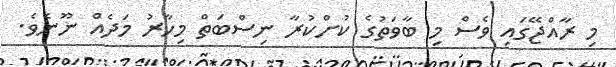
މި ރާއްޖޭގައި ވެސް މި ބާވަތުގެ ކުށްކުރާ ނިސްބަތް މިހާރު މަދެއް ނޫނެވެ.